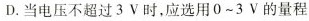
D.当电压不超过3V时，应选用0~3V的量程